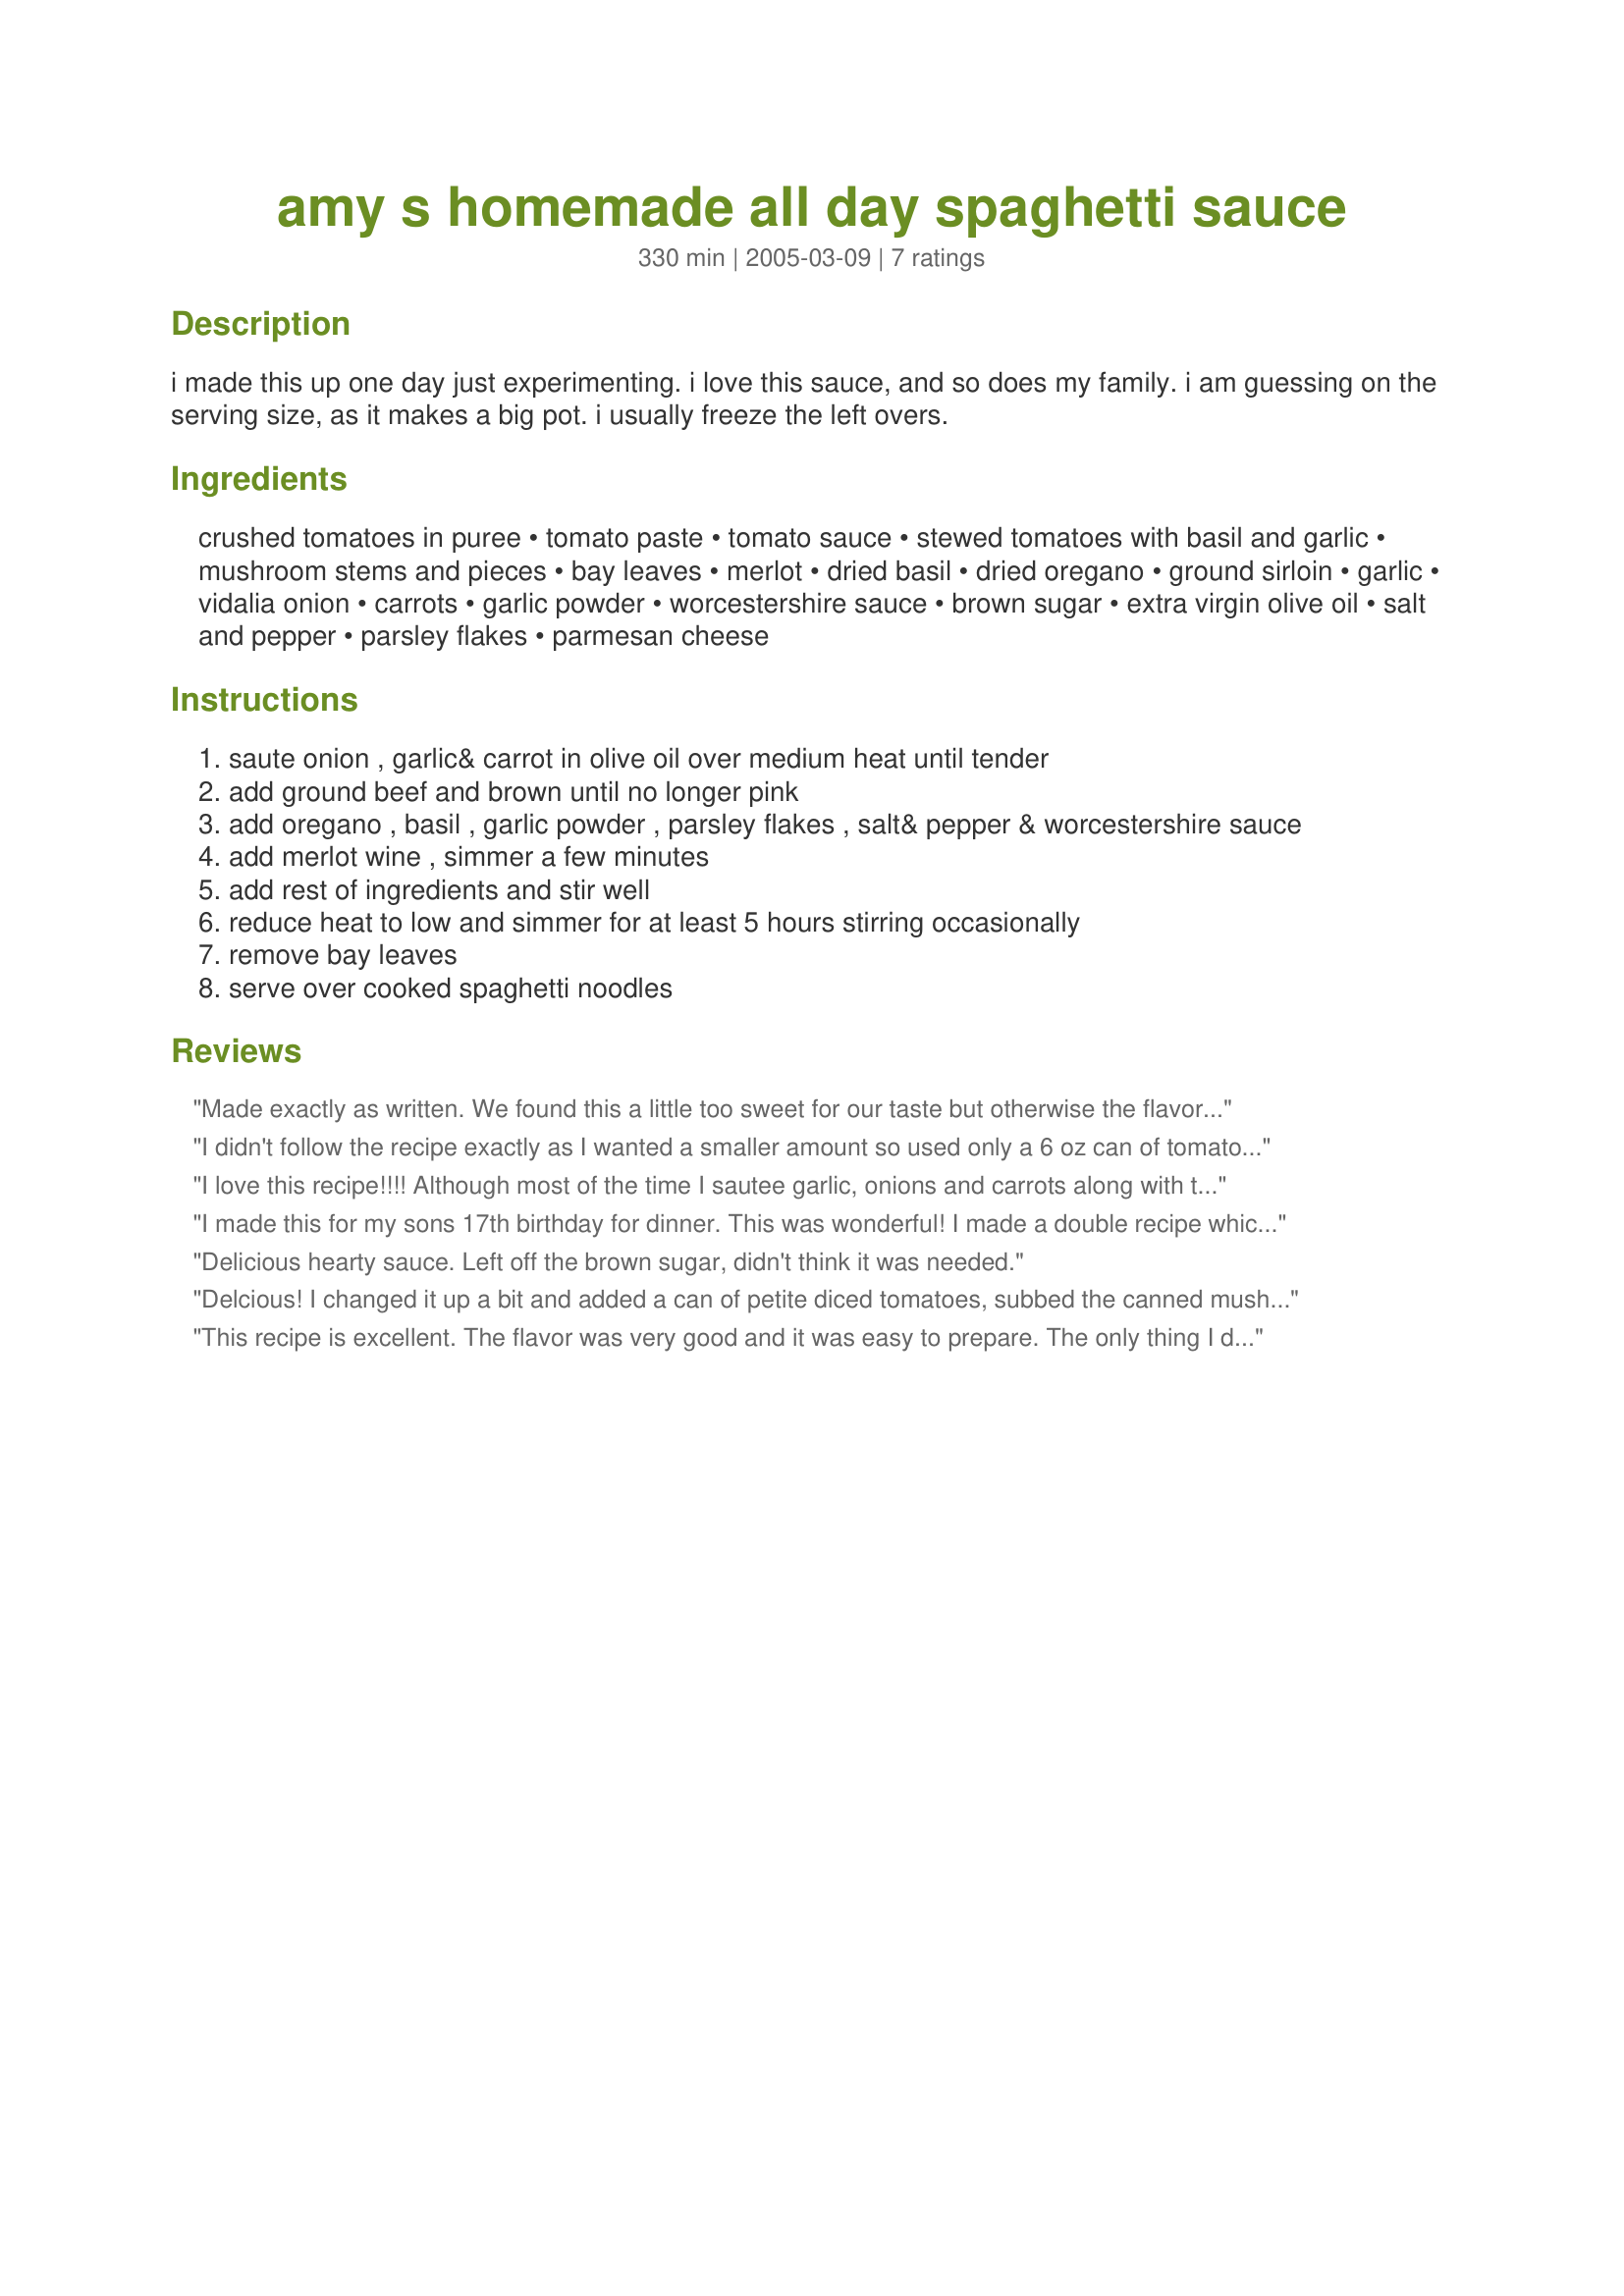
amy s homemade all day spaghetti sauce
Preparation time: 330 minutes

i made this up one day just experimenting. i love this sauce, and so does my family. i am guessing on the serving size, as it makes a big pot. i usually freeze the left overs.

Ingredients:
crushed tomatoes in puree, tomato paste, tomato sauce, stewed tomatoes with basil and garlic, mushroom stems and pieces, bay leaves, merlot, dried basil, dried oregano, ground sirloin, garlic, vidalia onion, carrots, garlic powder, worcestershire sauce, brown sugar, extra virgin olive oil, salt and pepper, parsley flakes, parmesan cheese

Steps:
saute onion , garlic& carrot in olive oil over medium heat until tender
add ground beef and brown until no longer pink
add oregano , basil , garlic powder , parsley flakes , salt& pepper & worcestershire sauce
add merlot wine , simmer a few minutes
add rest of ingredients and stir well
reduce heat to low and simmer for at least 5 hours stirring occasionally
remove bay leaves
serve over cooked spaghetti noodles

Reviews:
Made exactly as written. We found this a little too sweet for our taste but otherwise the flavor was good. I would make it again but change up the spices a little or use 1/2 beef and 1/2 sausage for a little more kick. I might decrease the amount of carrot a little. If you enjoy a sweet sauce you will like this one. Thanks!
I didn't follow the recipe exactly as I wanted a smaller amount so used only a 6 oz can of tomato paste and omitted the 14.5oz can of tomatoes. The result was a nice, tasty and thick sauce! Excellent.
I love this recipe!!!! Although most of the time I sautee garlic, onions and carrots along with the ground sirloin and most of the dry spices and then I put everything in a crockpot to simmer for most of the day.I make it everytime I do a special Italian meal like stuffed manacotti, lasagna....etc. Thank you
I made this for my sons 17th birthday for dinner. This was wonderful! I made a double recipe which made a full huge crock pot! When the end of dinner came there was not any left in the pot...it was wonderful. I did however skip the merlot, but it still was great! Thank you for sharing I will be making this again.
Delicious hearty sauce. Left off the brown sugar, didn't think it was needed.
Delcious! I changed it up a bit and added a can of petite diced tomatoes, subbed the canned mushrooms for fresh and added a can of black olives! It was great. Made a huge pot. Great for a crowd.
This recipe is excellent. The flavor was very good and it was easy to prepare. The only thing I did different was to cook it in a crockpot. Thanks Vamy for a very good recipe
